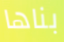
بناها